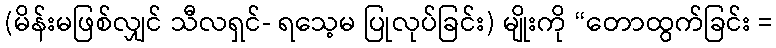
(မိန်းမဖြစ်လျှင် သီလရှင်- ရသေ့မ ပြုလုပ်ခြင်း) မျိုးကို “တောထွက်ခြင်း =